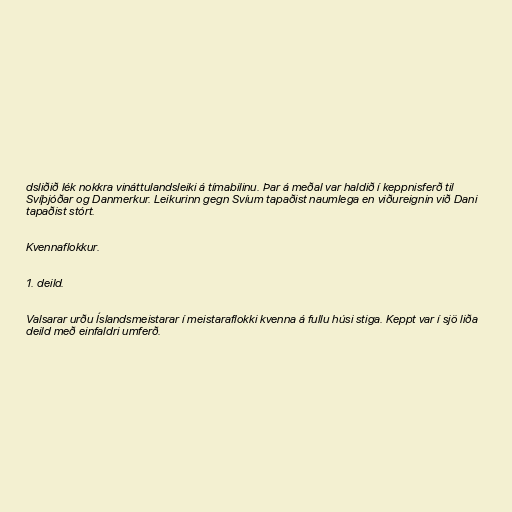
dsliðið lék nokkra vináttulandsleiki á tímabilinu. Þar á meðal var haldið í keppnisferð til
Svíþjóðar og Danmerkur. Leikurinn gegn Svíum tapaðist naumlega en viðureignin við Dani
tapaðist stórt.

Kvennaflokkur.

1. deild.

Valsarar urðu Íslandsmeistarar í meistaraflokki kvenna á fullu húsi stiga. Keppt var í sjö liða
deild með einfaldri umferð.